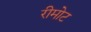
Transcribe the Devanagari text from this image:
रीमोट